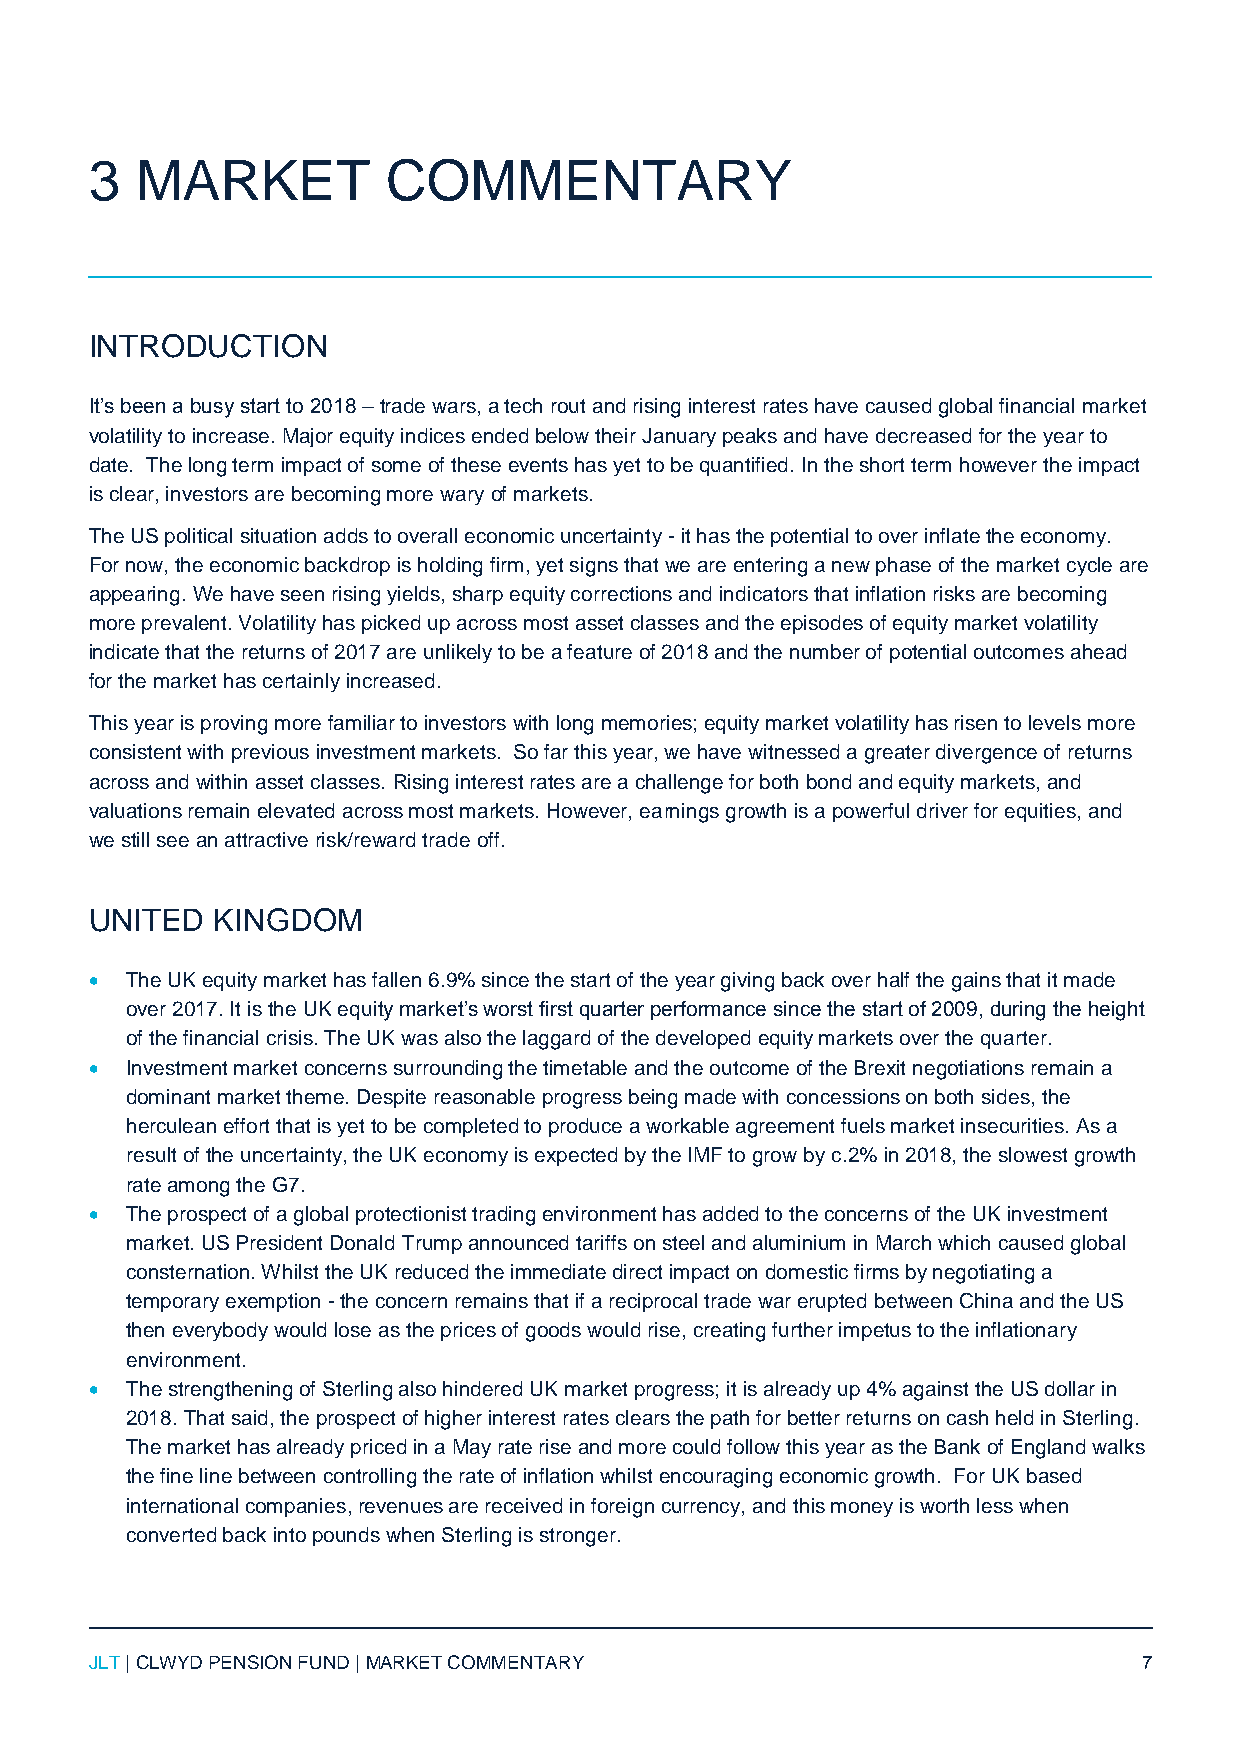
3  MARKET           COMMENTARY
 INTRODUCTION
 It’s been a busy start to 2018 – trade wars, a tech rout and rising interest rates have caused global financial market
 volatility to increase. Major equity indices ended below their January peaks and have decreased for the year to
 date. The long term impact of some of these events has yet to be quantified. In the short term however the impact
 is clear, investors are becoming more wary of markets.
 The US political situation adds to overall economic uncertainty - it has the potential to over inflate the economy.
 For now, the economic backdrop is holding firm, yet signs that we are entering a new phase of the market cycle are
 appearing. We have seen rising yields, sharp equity corrections and indicators that inflation risks are becoming
 more prevalent. Volatility has picked up across most asset classes and the episodes of equity market volatility
 indicate that the returns of 2017 are unlikely to be a feature of 2018 and the number of potential outcomes ahead
 for the market has certainly increased.
 This year is proving more familiar to investors with long memories; equity market volatility has risen to levels more
 consistent with previous investment markets. So far this year, we have witnessed a greater divergence of returns
 across and within asset classes. Rising interest rates are a challenge for both bond and equity markets, and
 valuations remain elevated across most markets. However, earnings growth is a powerful driver for equities, and
 we still see an attractive risk/reward trade off.
 UNITED  KINGDOM
  The UK equity market has fallen 6.9% since the start of the year giving back over half the gains that it made
 over 2017. It is the UK equity market’s worst first quarter performance since the start of 2009, during the height
 of the financial crisis. The UK was also the laggard of the developed equity markets over the quarter.
  Investment market concerns surrounding the timetable and the outcome of the Brexit negotiations remain a
 dominant market theme. Despite reasonable progress being made with concessions on both sides, the
 herculean effort that is yet to be completed to produce a workable agreement fuels market insecurities. As a
 result of the uncertainty, the UK economy is expected by the IMF to grow by c.2% in 2018, the slowest growth
 rate among the G7.
  The prospect of a global protectionist trading environment has added to the concerns of the UK investment
 market. US President Donald Trump announced tariffs on steel and aluminium in March which caused global
 consternation. Whilst the UK reduced the immediate direct impact on domestic firms by negotiating a
 temporary exemption - the concern remains that if a reciprocal trade war erupted between China and the US
 then everybody would lose as the prices of goods would rise, creating further impetus to the inflationary
 environment.
  The strengthening of Sterling also hindered UK market progress; it is already up 4% against the US dollar in
 2018. That said, the prospect of higher interest rates clears the path for better returns on cash held in Sterling.
 The market has already priced in a May rate rise and more could follow this year as the Bank of England walks
 the fine line between controlling the rate of inflation whilst encouraging economic growth. For UK based
 international companies, revenues are received in foreign currency, and this money is worth less when
 converted back into pounds when Sterling is stronger.
 JLT | CLWYD PENSION FUND | MARKET COMMENTARY                          7